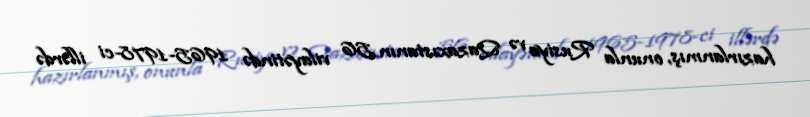
hazırlanmış, onunla Rusiya və Qazaxıstanın 56 vilayətində 1965-1978-ci illərdə